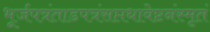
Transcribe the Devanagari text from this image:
भूर्जपत्रंताडपत्रंसप्तधावेष्टनंस्मृतं